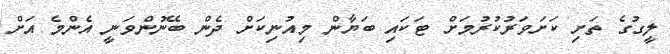
ލީގުގެ ތަށި ކަށަވަރުކުރުމަށް ޓަކައި ބަޔާން މިއުނިކަށް ދެން ބޭނުންވަނީ އެންމެ އަށް